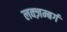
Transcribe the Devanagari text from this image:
लक्ज़म्बर्ग